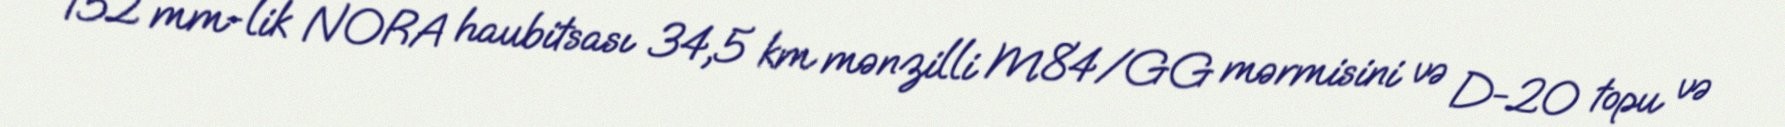
152 mm-lik NORA haubitsası 34,5 km mənzilli M84/GG mərmisini və D-20 topu və